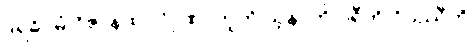
ဒုရဓိဂမံ ဝိဇာနထ ပါပုဏာတူတိ သူနာတိ ပရီတိ ဝိပဿီတိ